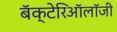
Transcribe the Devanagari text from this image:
बॅक्टेरिऑलॉजी